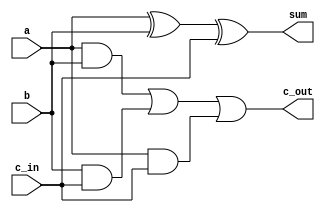
module Adder_2 (a,b,c_in,sum,c_out);
input a,b,c_in;
output sum,c_out;

wire ab,bc,ac;
and(ab,a,b);
and(ac,a,c_in);
and(bc,b,c_in);

or(c_out,ab,bc,ac);
xor(sum,a,b,c_in);

endmodule